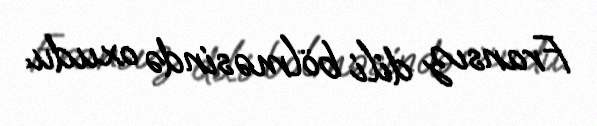
Fransız dili bölməsində oxudu.